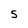
Character: 5